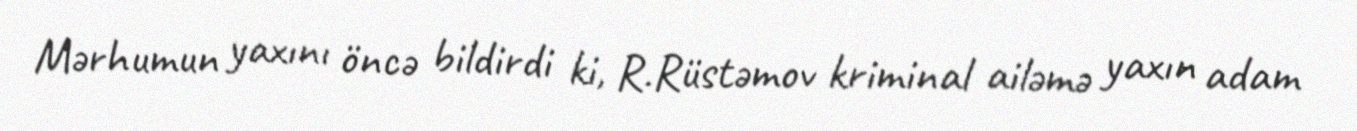
Mərhumun yaxını öncə bildirdi ki, R.Rüstəmov kriminal ailəmə yaxın adam